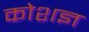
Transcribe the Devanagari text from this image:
कोशज्ञ